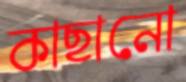
কাছানো